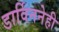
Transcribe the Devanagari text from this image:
डार्विननेही